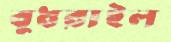
বুধরাইল